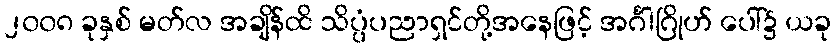
၂၀၀၈ ခုနှစ် မတ်လ အချိန်ထိ သိပ္ပံပညာရှင်တို့အနေဖြင့် အင်္ဂါဂြိုဟ် ပေါ်၌ ယခု